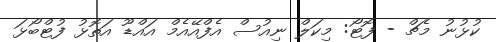
ކުޅުނު މެޗް - ފޮޓޯ: މިކަލް ނިއުސް އެފްއޭއެމް އައްޑޫ އަތޮޅު ފުޓްބޯޅަ